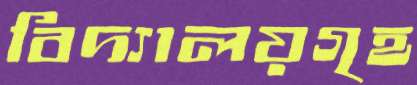
বিদ্যালয়গৃহ